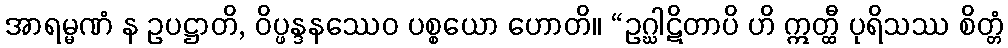
အာရမ္မဏံ န ဥပဋ္ဌာတိ, ဝိပ္ဖန္ဒနဿေဝ ပစ္စယော ဟောတိ။ “ဥဂ္ဃါဋိတာပိ ဟိ ဣတ္ထီ ပုရိသဿ စိတ္တံ